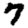
Digit: 7